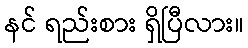
နင် ရည်းစား ရှိပြီလား။